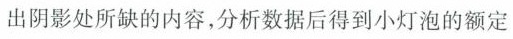
出阴影处所缺的内容，分析数据后得到小灯泡的额定